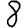
Digit: 8